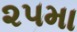
૨૫મા